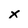
Character: x